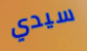
سيدي